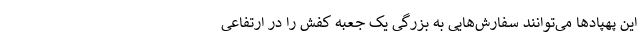
این پهپادها می‌توانند سفارش‌هایی به بزرگی یک جعبه کفش را در ارتفاعی